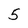
Character: 5